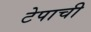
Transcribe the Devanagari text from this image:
टेपाची